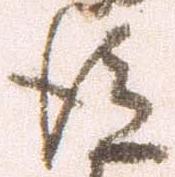
後